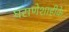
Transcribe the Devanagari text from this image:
घराणेशाहीके